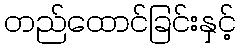
တည်ထောင်ခြင်းနှင့်